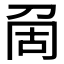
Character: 𠜦